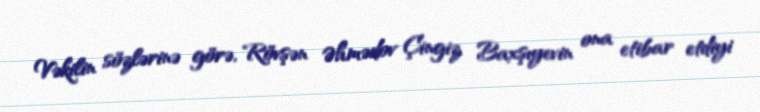
Vəkilin sözlərinə görə, Rövşən Əhmədov Çingiz Baxşıyevin ona etibar etdiyi